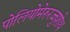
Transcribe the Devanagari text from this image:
पोलियोमेरुरज्जुशोथ